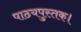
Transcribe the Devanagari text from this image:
पाठयपुस्तक।